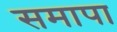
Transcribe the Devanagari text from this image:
समापा